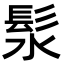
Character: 𪶰